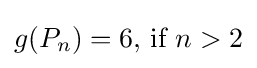
g(P_{n})=6{\text{, if }}n>2